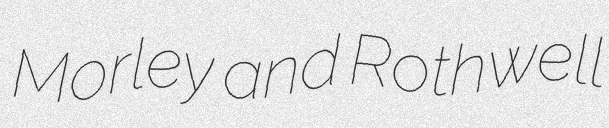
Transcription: Morley and Rothwell